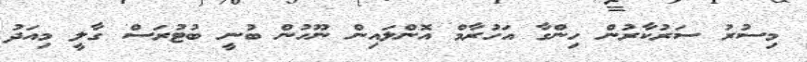
މިސުރު ސަރުކާރުން ހިންގާ އަހުރާމް އޮންލައިން ނޫހުން ބުނީ ބުޓުރަސް ގާލީ މިއަދު